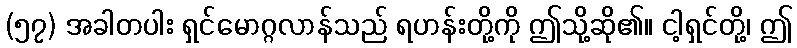
(၅၇) အခါတပါး ရှင်မောဂ္ဂလာန်သည် ရဟန်းတို့ကို ဤသို့ဆို၏။ ငါ့ရှင်တို့၊ ဤ